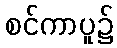
စင်ကာပူ၌